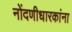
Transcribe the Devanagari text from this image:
नोंदणीधारकांना